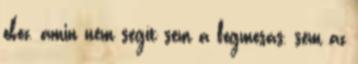
okoz, amin nem segít sem a fogmosás, sem az